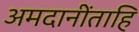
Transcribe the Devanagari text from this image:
अमदानींताहि